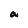
Character: a